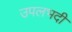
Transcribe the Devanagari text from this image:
उपलभदी